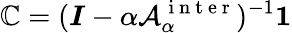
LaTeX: \boldsymbol{\mathbb{C}}=(\boldsymbol{I}-\alpha\mathcal{{A}}_{\alpha}^{\mathrm{{~i~n~t~e~r~}}})^{-1}{\mathbf{1}}